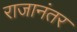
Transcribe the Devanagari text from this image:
राजानंतर